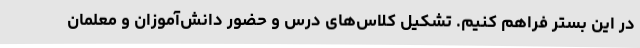
در این بستر فراهم کنیم. تشکیل کلاس‌های درس و حضور دانش‌آموزان و معلمان